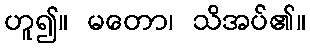
ဟူ၍။ မတော၊ သိအပ်၏။